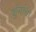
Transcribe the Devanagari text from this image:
शुंगांचा